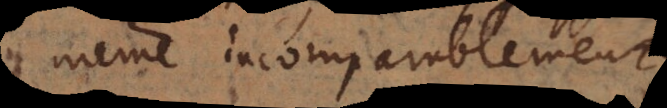
est incomparablement